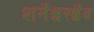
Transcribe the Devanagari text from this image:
शनैश्चरश्चैव